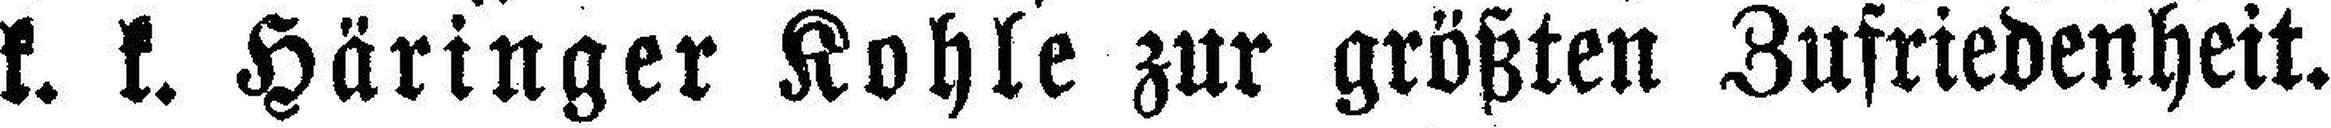
k. k. Häringer Kohle zur größten Zufriedenheit.